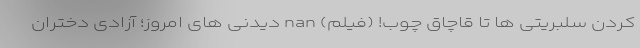
کردن سلبریتی ها تا قاچاق چوب! (فیلم) nan دیدنی های امروز؛ آزادی دختران